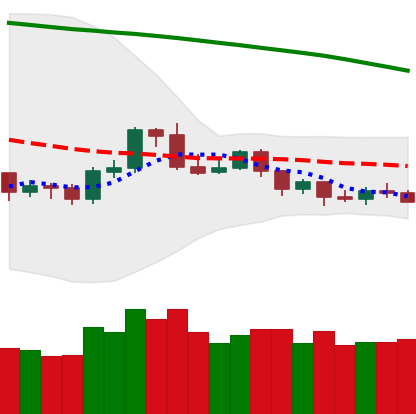
Ticker: ETH-USD
Chart end date: 2019-10-22
Forward return: 6.931%
Label: up_5_7